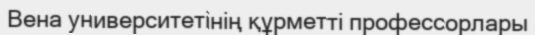
Вена университетінің құрметті профессорлары